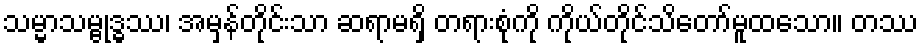
သမ္မာသမ္ဗုဒ္ဓဿ၊ အမှန်တိုင်းသာ ဆရာမရှိ တရားစုံကို ကိုယ်တိုင်သိတော်မူထသော။ တဿ